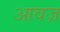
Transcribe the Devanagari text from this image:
आवज़